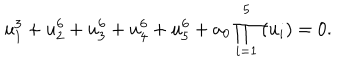
u _ { 1 } ^ { 3 } + u _ { 2 } ^ { 6 } + u _ { 3 } ^ { 6 } + u _ { 4 } ^ { 6 } + u _ { 5 } ^ { 6 } + a _ { 0 } \prod _ { i = 1 } ^ { 5 } \left( u _ { i } \right) = 0 .